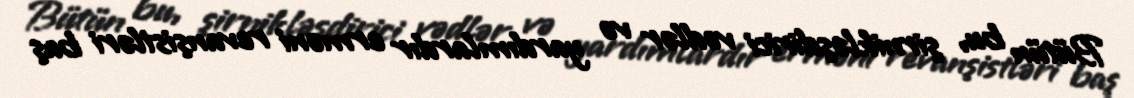
Bütün bu, şirnikləşdirici vədlər və yardımlardır erməni revanşistləri baş